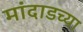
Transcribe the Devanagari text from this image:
मांदाडच्या